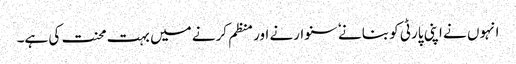
انہوں نے اپنی پارٹی کو بنانے ٗ سنوارنے اور منظم کرنے میں بہت محنت کی ہے۔